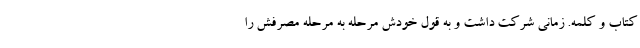
کتاب و کلمه. زمانی شرکت داشت و به قول خودش مرحله به مرحله مصرفش را